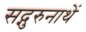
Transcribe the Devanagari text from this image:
सद्गुरुनाथें